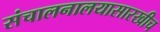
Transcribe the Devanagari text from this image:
संचालनालयासारखीच